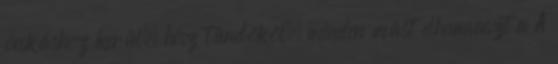
ócskáshoz kerül, hisz tündököl, minden mást elhamvaszt a A